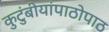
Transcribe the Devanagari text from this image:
कुटुंबीयांपाठोपाठ